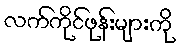
လက်ကိုင်ဖုန်းများကို